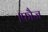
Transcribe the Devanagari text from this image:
।फौज